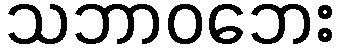
သဘာဝဘေး